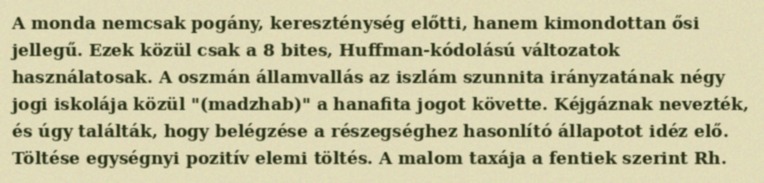
A monda nemcsak pogány, kereszténység előtti, hanem kimondottan ősi jellegű. Ezek közül csak a 8 bites, Huffman-kódolású változatok használatosak. A oszmán államvallás az iszlám szunnita irányzatának négy jogi iskolája közül "(madzhab)" a hanafita jogot követte. Kéjgáznak nevezték, és úgy találták, hogy belégzése a részegséghez hasonlító állapotot idéz elő. Töltése egységnyi pozitív elemi töltés. A malom taxája a fentiek szerint Rh.